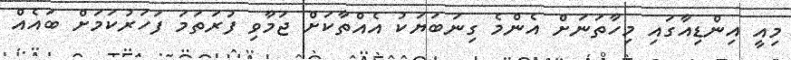
މިއީ އިންޑިއާގައި މިހާތަނަށް އެންމެ ގިނަބަޔަކު އެއްތާކަށް ޖަމާވި ފުރަތަމަ ފަހަރުކަމަށް ބައެއް